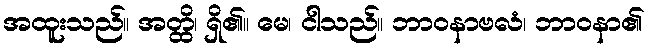
အထူးသည်။ အတ္ထိ၊ ရှိ၏။ မေ၊ ငါသည်။ ဘာဝနာဗလံ၊ ဘာဝနာ၏